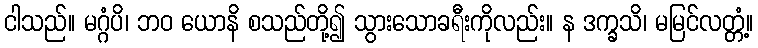
ငါသည်။ မဂ္ဂံပိ၊ ဘဝ ယောနိ စသည်တို့၍ သွားသောခရီးကိုလည်း။ န ဒက္ခသိ၊ မမြင်လတ္တံ့။